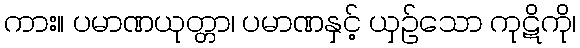
ကား။ ပမာဏယုတ္တာ၊ ပမာဏနှင့် ယှဉ်သော ကုဋိကို၊